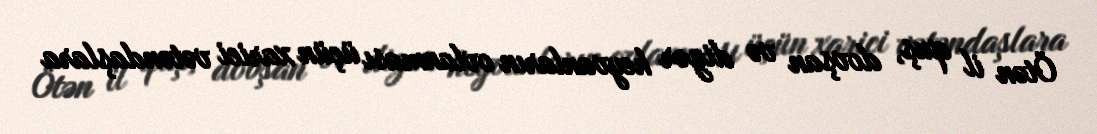
Ötən il quş, dovşan və digər heyvanların ovlanması üçün xarici vətəndaşlara